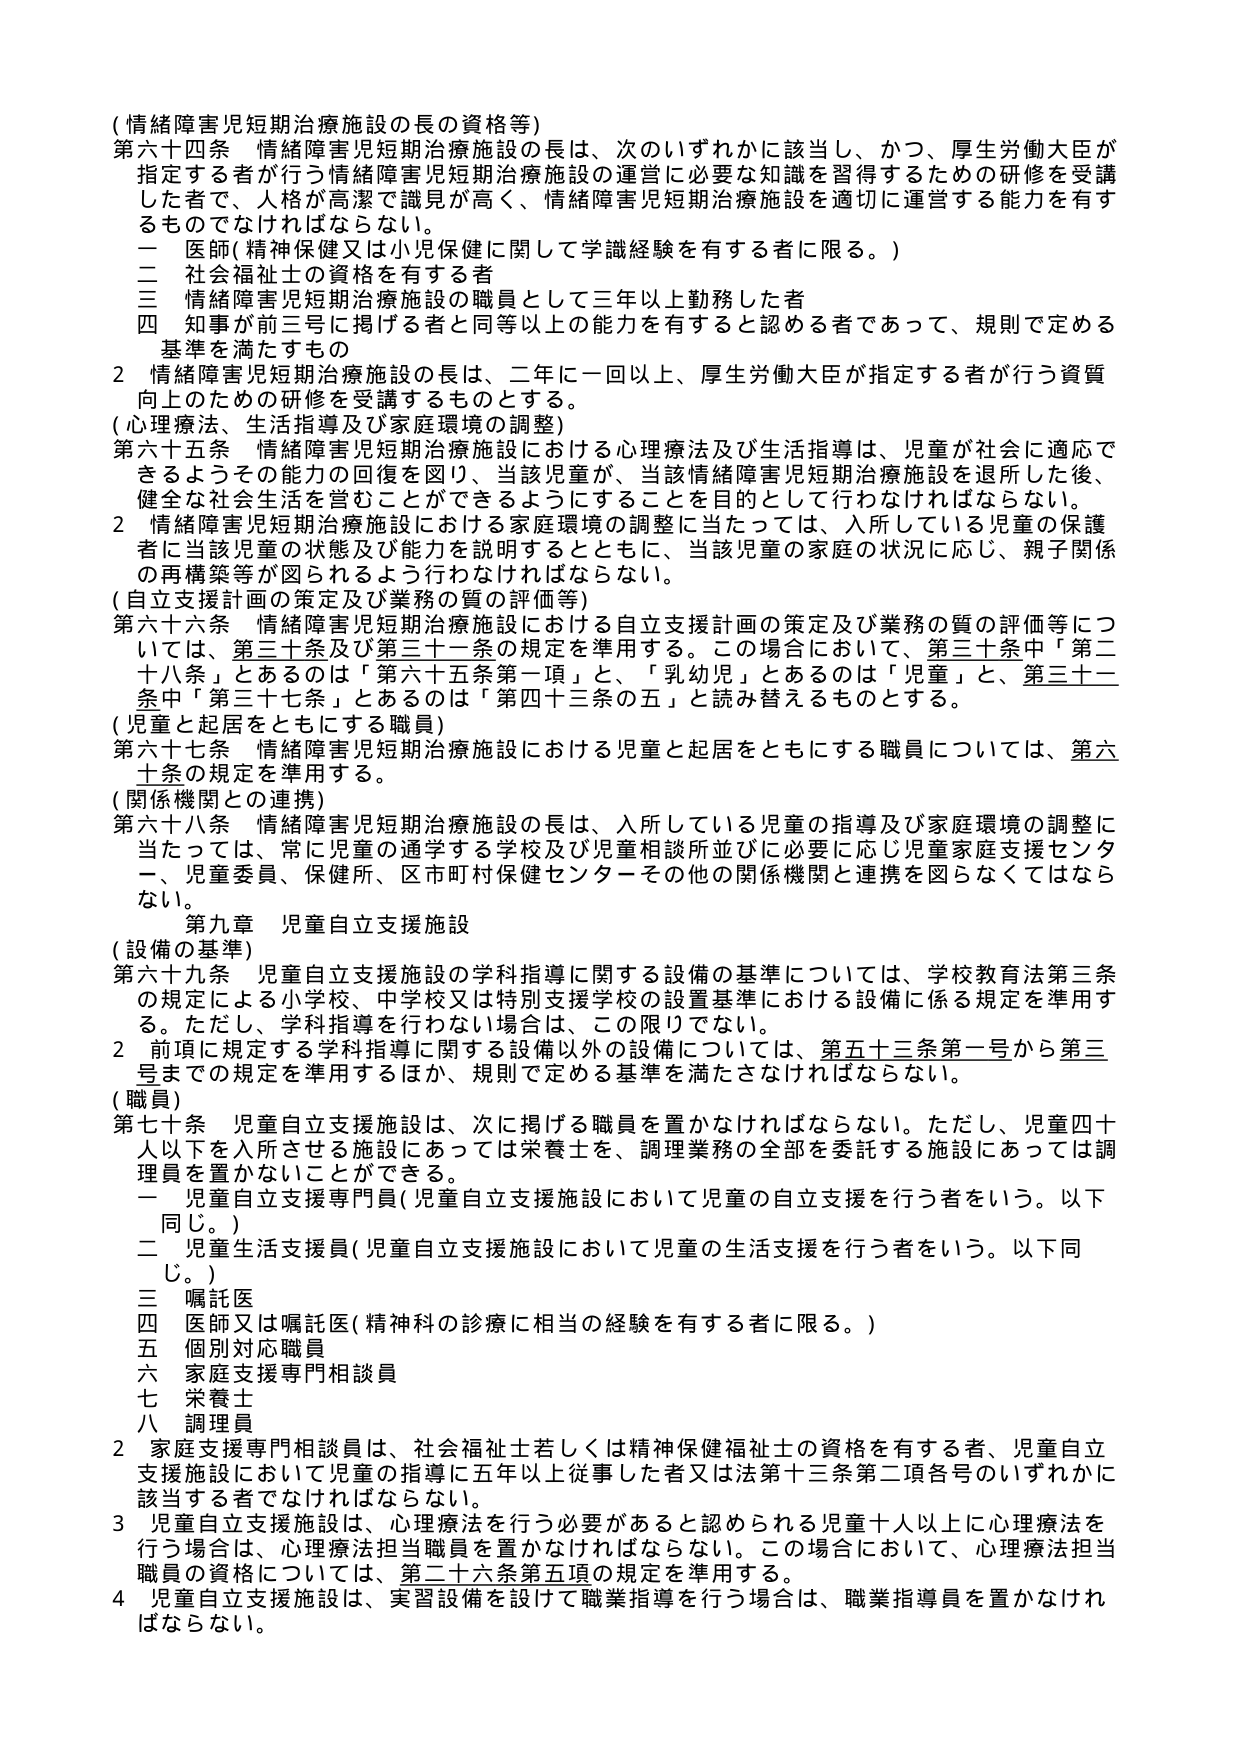
(情緒障害児短期治療施設の長の資格等)
第六十四条 情緒障害児短期治療施設の長は、次のいずれかに該当し、かつ、厚生労働大臣が指定する者が行う情緒障害児短期治療施設の運営に必要な知識を習得するための研修を受講した者で、人格が高潔で識見が高く、情緒障害児短期治療施設を適切に運営する能力を有するものでなければならない。
一 医師(精神保健又は小児保健に関して学識経験を有する者に限る。)
二 社会福祉士の資格を有する者
三 情緒障害児短期治療施設の職員として三年以上勤務した者
四 知事が前三号に掲げる者と同等以上の能力を有すると認める者であって、規則で定める基準を満たすもの
2 情緒障害児短期治療施設の長は、二年に一回以上、厚生労働大臣が指定する者が行う資質向上のための研修を受講するものとする。
(心理療法、生活指導及び家庭環境の調整)
第六十五条 情緒障害児短期治療施設における心理療法及び生活指導は、児童が社会に適応できるようその能力の回復を図り、当該児童が、当該情緒障害児短期治療施設を退所した後、健全な社会生活を営むことができるようにすることを目的として行わなければならない。
2 情緒障害児短期治療施設における家庭環境の調整に当たっては、入所している児童の保護者に当該児童の状態及び能力を説明するとともに、当該児童の家庭の状況に応じ、親子関係の再構築等が図られるよう行わなければならない。
(自立支援計画の策定及び業務の質の評価等)
第六十六条 情緒障害児短期治療施設における自立支援計画の策定及び業務の質の評価等については、第三十条及び第三十一条の規定を準用する。この場合において、第三十条中「第二十八条」とあるのは「第六十五条第一項」と、「乳幼児」とあるのは「児童」と、第三十一条中「第三十七条」とあるのは「第四十三条の五」と読み替えるものとする。
(児童と起居をともにする職員)
第六十七条 情緒障害児短期治療施設における児童と起居をともにする職員については、第六十条の規定を準用する。
(関係機関との連携)
第六十八条 情緒障害児短期治療施設の長は、入所している児童の指導及び家庭環境の調整に当たっては、常に児童の通学する学校及び児童相談所並びに必要に応じ児童家庭支援センター、児童委員、保健所、区市町村保健センターその他の関係機関と連携を図らなくてはならない。
第九章 児童自立支援施設
(設備の基準)
第六十九条 児童自立支援施設の学科指導に関する設備の基準については、学校教育法第三条の規定による小学校、中学校又は特別支援学校の設置基準における設備に係る規定を準用する。ただし、学科指導を行わない場合は、この限りでない。
2 前項に規定する学科指導に関する設備以外の設備については、第五十三条第一号から第三号までの規定を準用するほか、規則で定める基準を満たさなければならない。
(職員)
第七十条 児童自立支援施設は、次に掲げる職員を置かなければならない。ただし、児童四十人以下を入所させる施設にあっては栄養士を、調理業務の全部を委託する施設にあっては調理員を置かないことができる。
一 児童自立支援専門員(児童自立支援施設において児童の自立支援を行う者をいう。以下同じ。)
二 児童生活支援員(児童自立支援施設において児童の生活支援を行う者をいう。以下同じ。)
三 嘱託医
四 医師又は嘱託医(精神科の診療に相当の経験を有する者に限る。)
五 個別対応職員
六 家庭支援専門相談員
七 栄養士
八 調理員
2 家庭支援専門相談員は、社会福祉士若しくは精神保健福祉士の資格を有する者、児童自立支援施設において児童の指導に五年以上従事した者又は法第十三条第二項各号のいずれかに該当する者でなければならない。
3 児童自立支援施設は、心理療法を行う必要があると認められる児童十人以上に心理療法を行う場合は、心理療法担当職員を置かなければならない。この場合において、心理療法担当職員の資格については、第二十六条第五項の規定を準用する。
4 児童自立支援施設は、実習設備を設けて職業指導を行う場合は、職業指導員を置かなければならない。